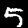
Label: 5